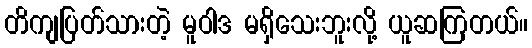
တိကျပြတ်သားတဲ့ မူဝါဒ မရှိသေးဘူးလို့ ယူဆကြတယ်။